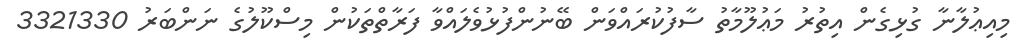
މިއިޢުލާނާ ގުޅިގެން އިތުރު މަޢުލޫމާތު ސާފުކުރައްވަން ބޭނުންފުޅުވެލައްވާ ފަރާތްތަކުން މިސްކޫލުގެ ނަންބަރު 3321330